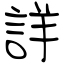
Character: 詳